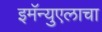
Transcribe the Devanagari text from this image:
इमॅन्युएलाचा